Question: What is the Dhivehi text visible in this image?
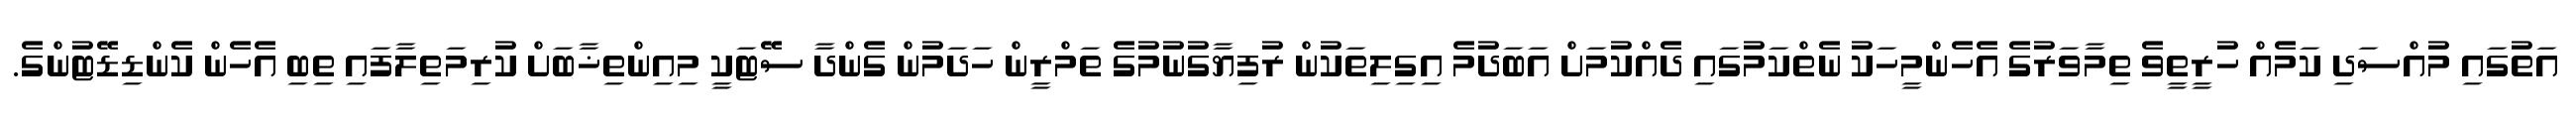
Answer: އަތުގައި މުއްސަދި ކަމެއް ހުރީތީވެ ތިމާވަރުގެ އެހެންމީހަކު ނެތްކަމުގައި ދެއްކުމަށް އަބަދުމެ އިގިލިތަކުން ރުފިޔާގުނުމުގެ ތަމްރީން ހަދަމުން ގެންދާ ސޭޓަކީ މިއިންތިޚާބަށް ކުރިމަތިލާފައި ތިބި އެހެން ކެންޑިޑޭޓުންގެ.